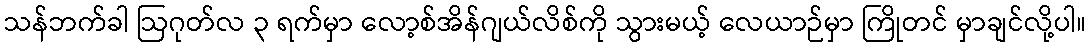
သန်ဘက်ခါ ဩဂုတ်လ ၃ ရက်မှာ လော့စ်အိန်ဂျယ်လိစ်ကို သွားမယ့် လေယာဉ်မှာ ကြိုတင် မှာချင်လို့ပါ။